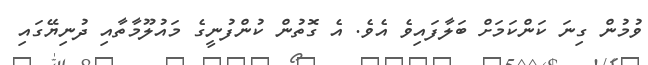
ވުމުން ގިނަ ކަންކަމަށް ބަލާފައިވެ އެވެ. އެ ގޮތުން ކުންފުނީގެ މައުލޫމާތާއި ދުނިޔޭގައި